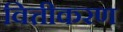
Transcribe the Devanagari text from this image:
वित्तीकरण